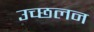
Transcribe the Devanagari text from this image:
उच्छलन